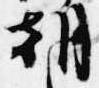
朝